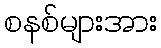
စနစ်များအား